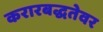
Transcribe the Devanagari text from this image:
करारबद्धतेवर